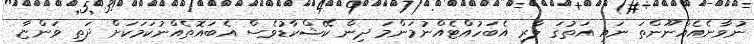
ނުވާނެއެއްނޫންތަ ނައި އަތުގަ ލާރި އެބަހުއްޓެއްނުމަންމަ ދިން ކޭޝްކާޑުވެސް އެބައޮތެއްނުކަމަކަށް ދަތި ވަންޏާ